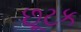
છૂટક